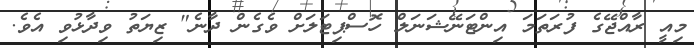
މިއީ ރާއްޖޭގެ ފުރަތަމަ އިންޓަނޭޝަނަލް ހޮސްޕިޓަލަށް ވެގެން ދާނެ" ޒިޔަތު ވިދާޅުވި އެވެ.